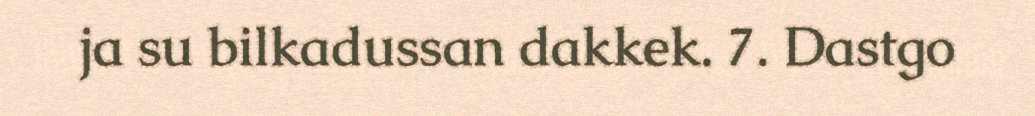
ja su bilkadussan dakkek. 7. Dastgo